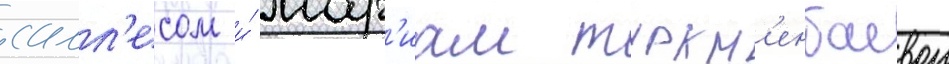
салл'есом и́ мар'иам туркм'енбаевои